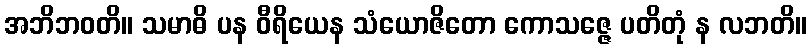
အဘိဘဝတိ။ သမာဓိ ပန ဝီရိယေန သံယောဇိတော ကောသဇ္ဇေ ပတိတုံ န လဘတိ။